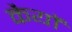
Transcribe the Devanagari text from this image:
कैयों